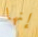
إنها